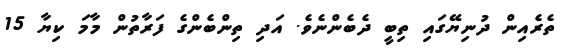
ތެރެއިން ދުނިޔޭގައި ތިބީ ދެބެންނެވެ. އަދި ތިންބެންގެ ފަރާތުން މާމަ ކިޔާ 15